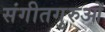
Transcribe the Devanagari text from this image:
संगीतगुरुओं